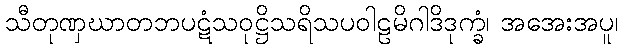
သီတုဏှဃာတဘပဋံသဝုဋ္ဌိသရိသပဝါဠမိဂါဒိဒုက္ခံ၊ အအေးအပူ၊